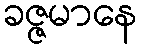
ခဇ္ဇမာနေ